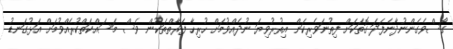
ގޯސްވެގެންނުދާނެފަދަ ގޮތަކަށް ފިތުނަވެރިކަން އިތުރުވިޔަ ނުދެއްވުމަށް ހުރިހާ ފަރާތްތަކުން ވެސް މަސައްކަތްކުރެއްވުމަށް އަޅުގަނޑު